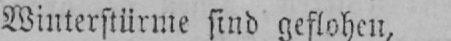
Winterstürme sind geflohen,